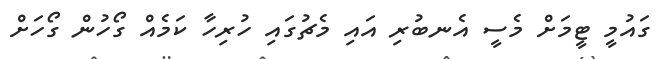
ގައުމީ ޓީމަށް މެސީ އެނބުރި އައި މެޗުގައި ހުރިހާ ކަމެއް ގޯހުން ގޯހަށް